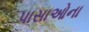
પાસાઓના